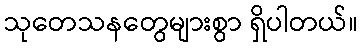
သုတေသနတွေများစွာ ရှိပါတယ်။